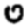
Digit: 0